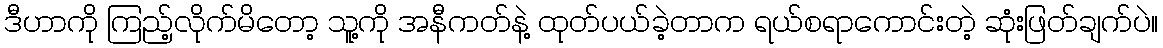
ဒီဟာကို ကြည့်လိုက်မိတော့ သူ့ကို အနီကတ်နဲ့ ထုတ်ပယ်ခဲ့တာက ရယ်စရာကောင်းတဲ့ ဆုံးဖြတ်ချက်ပဲ။